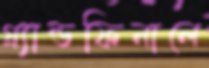
গ্র্যান্ডফিনালে